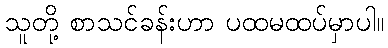
သူတို့ စာသင်ခန်းဟာ ပထမထပ်မှာပါ။